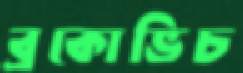
ব্রকোভিচ